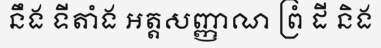
នឹង ទីតាំង អត្តសញ្ញាណ ព្រំ ដី និង